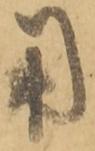
用